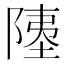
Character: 𫕇